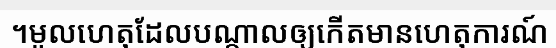
។មូលហេតុដែលបណ្តាលឲ្យកើតមានហេតុការណ៍